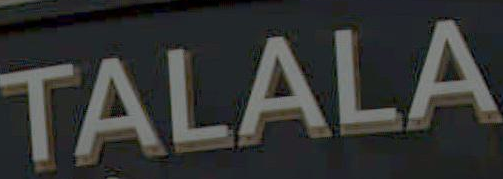
TALALA